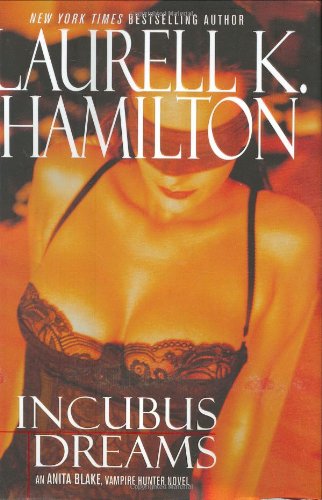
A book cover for Incubus Dreams (Anita Blake Vampire Hunter); Laurell K. Hamilton; Romance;